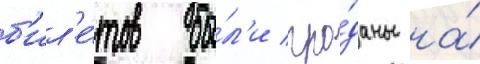
б'ил'е́тов бы́л'и про́даны на́